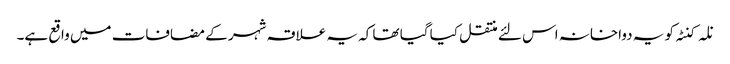
نلہ کنٹہ کو یہ دواخانہ اس لئے منتقل کیا گیا تھا کہ یہ علاقہ شہر کے مضافات میں واقع ہے۔